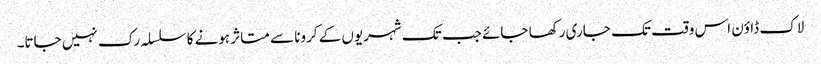
لاک ڈاؤن اس وقت تک جاری رکھا جائے جب تک شہریوں کے کرونا سے متاثر ہونے کا سلسلہ رک نہیں جاتا۔